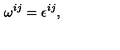
\omega ^ { i j } = \epsilon ^ { i j } ,